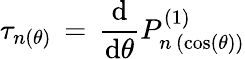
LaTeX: \tau_{n(\theta)}\, =\, \frac{\mathrm{d}}{\mathrm{d}\theta}P_{n\, (\cos(\theta))}^{(1)}